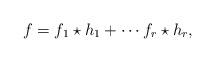
LaTeX: \begin{align*}f=f_1\star h_1+\cdots f_r\star h_r,\end{align*}